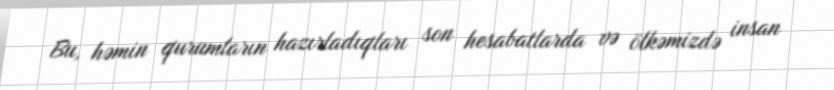
Bu, həmin qurumların hazırladıqları son hesabatlarda və ölkəmizdə insan